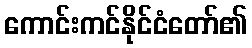
ကောင်းကင်နိုင်ငံတော်၏